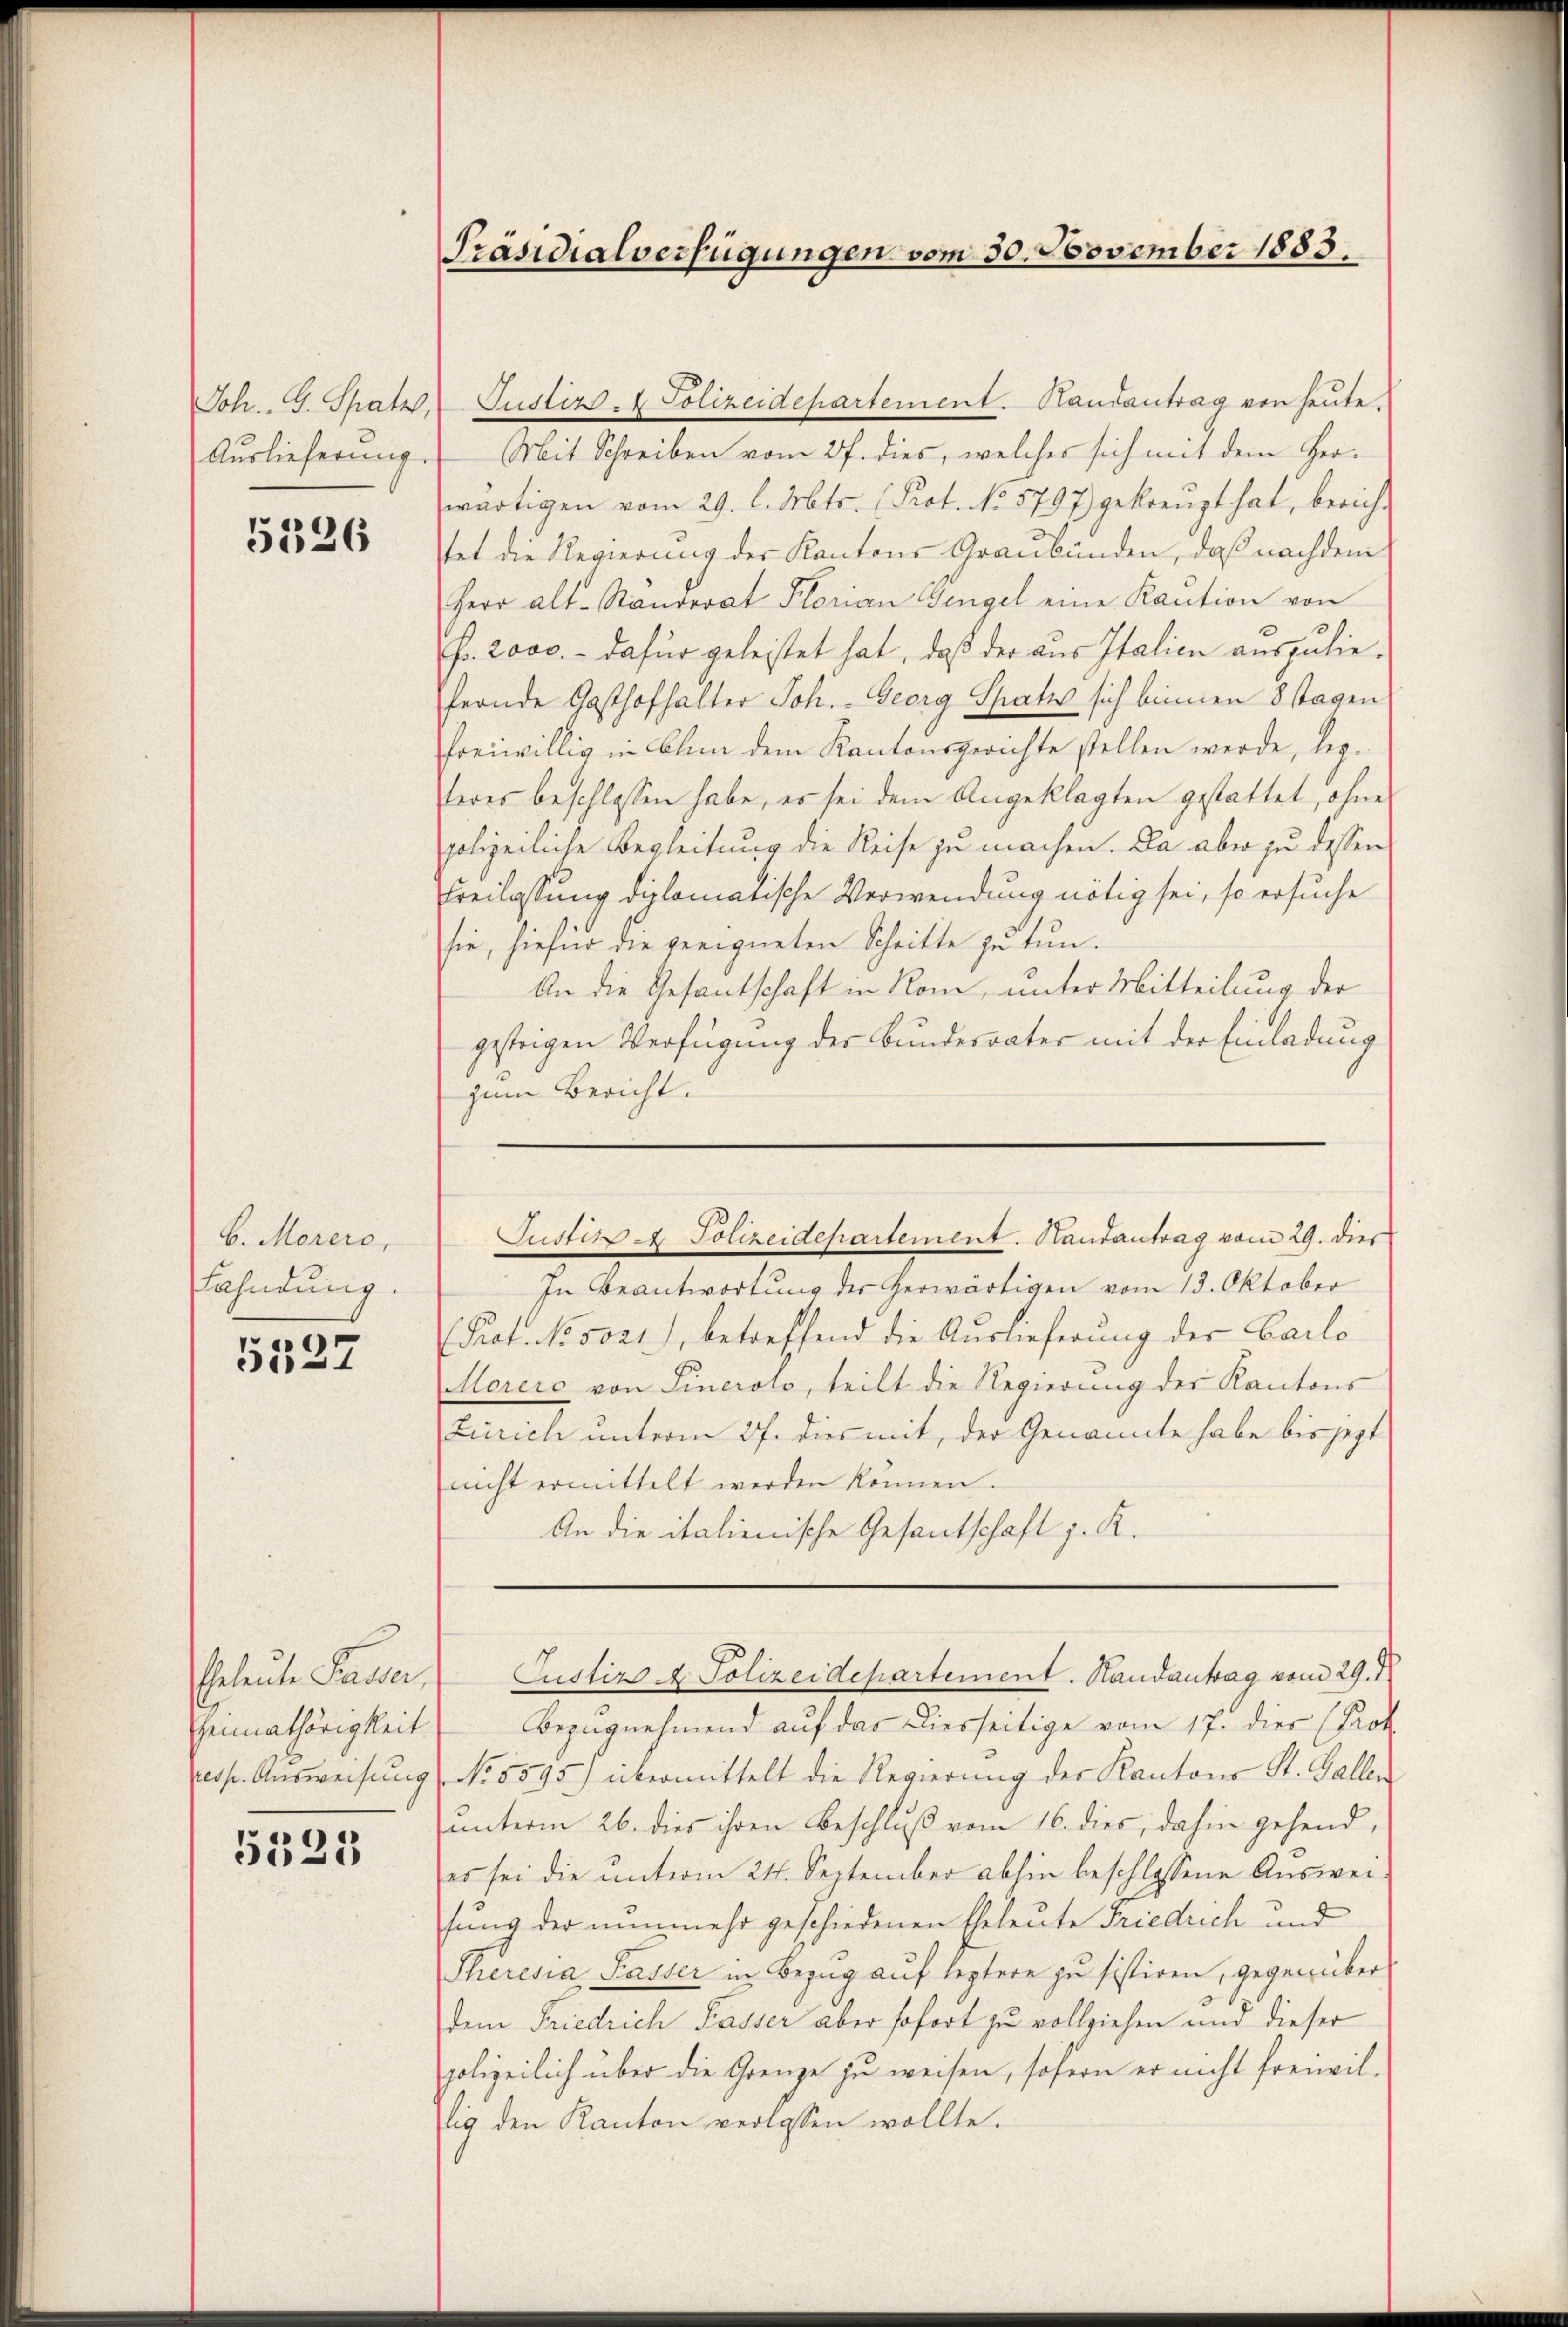
Joh. G. Spatz,
Auslieferung.

5526

b. Marero,
Fahndung.

5527

Eeleute Pauser,
Heimathörigkeit
resp. Ausweisung

5523

Präsidialverfügungen vom 30. November 1883.

Justiz - Polizeidepartement. Handantrag von heute.
Mit Schreiben vom 27. dies, welches sich mit dem Herwärtigen vom 29. l. Mts. (Prot. No. 5797) gekreuzt hat, berich-
tet die Regierung der Kantons Graubünden, daß nachdem
Herr Alt-Raurerat Florian Gengel eine Kaŭtion von
Fr. 2000. - dafür geleistet hat, daß der aus Italien auszuliefernde Gasthofhalter Joh. Georg Spatis sich binnen 8 tagen
freiwillig in Bann dem Kantonsgerichte stellen werde, legteres beschlossen habe, es sei dem Angeklagten gestattet, ohne
polizeiliche Begleitung die Reise zu machen. Da aber zu dessen
Freilassung diplomatische Verwendung nötig sei, so ersuche
sie, hiefür die geeigneten Schritte zu tun.
An die Gesantschaft in Rom, unter Mitteilung der
gestrigen Verfügung der Bundesvater mit der Einladung
zum Bericht.
In Beantwortung der herwärtigen vom 13. Oktober
 Prof. No. 5021), betreffend die Auslieferung der Carlo¬
Morers von Sinerolo, teilt die Regierung der Kantons
Zürich unterm 27. dies mit, der Genannte habe bis jetzt
nicht ermittelt werden können.
An die italienische Gesantschaft z. K.
Justizs A. Polizeidepartement. Standantag vom 29. J
Bezugnehmend auf das Diesseitige vom 17. dies (Prok.
No 5595) übermittelt die Regierung der Kantons St. Gallen
unterm 26. dies ihren Beschluß vom 16. dies, dahin gehend,
es sei die unterm 24. September abhin beschlossene Ausweisung der nunmehr geschiedenen Eheleute Friedrich und
Theresia Kasser in Bezug auf leztere zu sistiren, gegenüber
dem Friedrich Passer aber sofort zu vollziehen und dieser
polizeilich über die Grenze zu weisen, sofern er nicht freiwillig den Kanton verlassen wollte.

Justiz & Polizeidepartement. Handantrag vom 29. dies